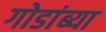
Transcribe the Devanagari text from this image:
गोडांब्या